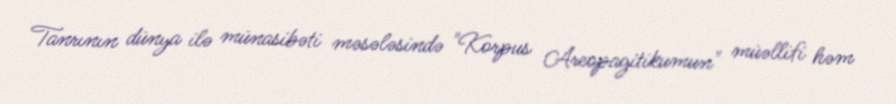
Tanrının dünya ilə münasibəti məsələsində "Korpus Areopagitikumun" müəllifi həm